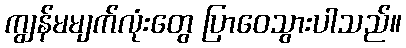
ကျွန်မမျက်လုံးတွေ ပြာဝေသွားပါသည်။